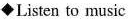
◆Listen to music